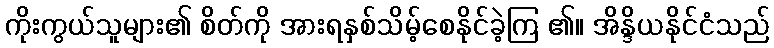
ကိုးကွယ်သူများ၏ စိတ်ကို အားရနှစ်သိမ့်စေနိုင်ခဲ့ကြ ၏။ အိန္ဒိယနိုင်ငံသည်